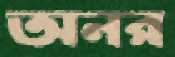
অনর